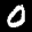
Label: 0